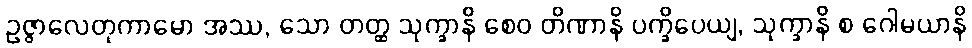
ဥဇ္ဇာလေတုကာမော အဿ, သော တတ္ထ သုက္ခာနိ စေဝ တိဏာနိ ပက္ခိပေယျ, သုက္ခာနိ စ ဂေါမယာနိ